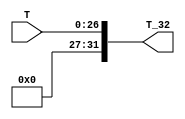
module zero_extension(T, T_32);
	input[26:0] T;
	output [31:0] T_32;
	assign T_32[31:0] = {{5{1'b0}}, T[26:0]};
endmodule